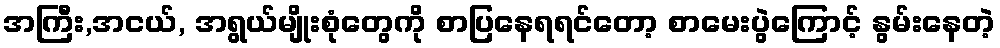
အကြီး,အငယ်, အရွယ်မျိုးစုံတွေကို စာပြနေရရင်တော့ စာမေးပွဲကြောင့် နွမ်းနေတဲ့